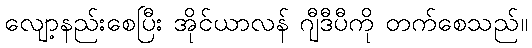
လျော့နည်းစေပြီး အိုင်ယာလန် ဂျီဒီပီကို တက်စေသည်။